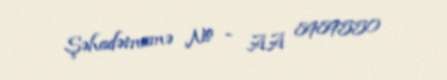
Şəhadətnamə № - AA 8989550